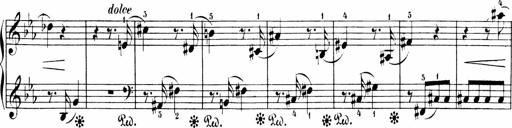
Title: Sonatinen Op.47, 98 und 136, nebst 6 Liedersonatinen
Composer: Carl Reinecke